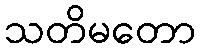
သတိမတော